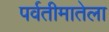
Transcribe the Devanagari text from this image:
पर्वतीमातेला